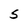
Character: S